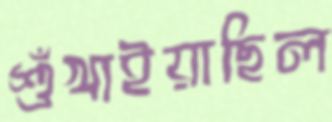
শুঁখাইয়াছিল